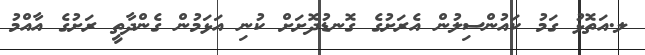
ލ.އަތޮޅު ގަމު ކައުންސިލުން އެރަށުގެ ގޮނޑުދޮށަށް ކުނި އަޅަމުން ގެންދާތީ ރަށުގެ އާއްމު